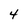
Character: 4